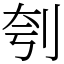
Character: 刳